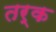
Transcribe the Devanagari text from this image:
तर्क